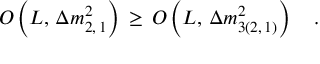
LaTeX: { \cal O } \left( L , \, \Delta m _ { 2 , \, 1 } ^ { 2 } \right) \, \ge \, { \cal O } \left( L , \, \Delta m _ { 3 ( 2 , \, 1 ) } ^ { 2 } \right) \quad .